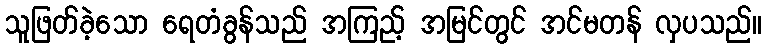
သူဖြတ်ခဲ့သော ရေတံခွန်သည် အကြည့် အမြင်တွင် အင်မတန် လှပသည်။